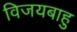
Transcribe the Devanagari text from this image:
विजयबाहु